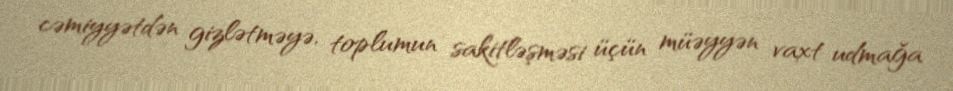
cəmiyyətdən gizlətməyə, toplumun sakitləşməsi üçün müəyyən vaxt udmağa